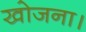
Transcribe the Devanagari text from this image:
खोजना।